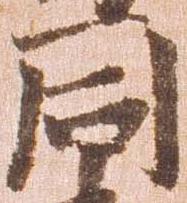
同